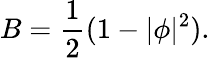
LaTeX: B=\frac{1}{2}(1-|\phi|^{2}).